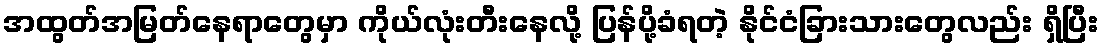
အထွတ်အမြတ်နေရာတွေမှာ ကိုယ်လုံးတီးနေလို့ ပြန်ပို့ခံရတဲ့ နိုင်ငံခြားသားတွေလည်း ရှိပြီး